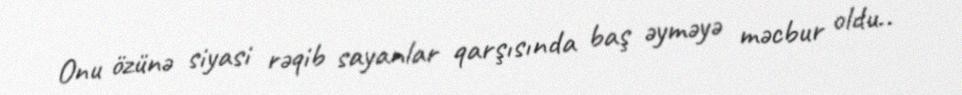
Onu özünə siyasi rəqib sayanlar qarşısında baş əyməyə məcbur oldu..